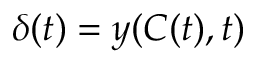
\delta ( t ) = y ( C ( t ) , t )